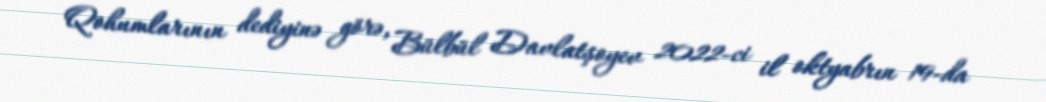
Qohumlarının dediyinə görə, Bülbül Davlatşoyev 2022-ci il oktyabrın 19-da